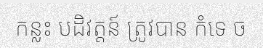
កន្លះ បដិវត្តន៍ ត្រូវបាន កំទេ ច